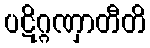
ပဋိဂ္ဂဏှာတီတိ